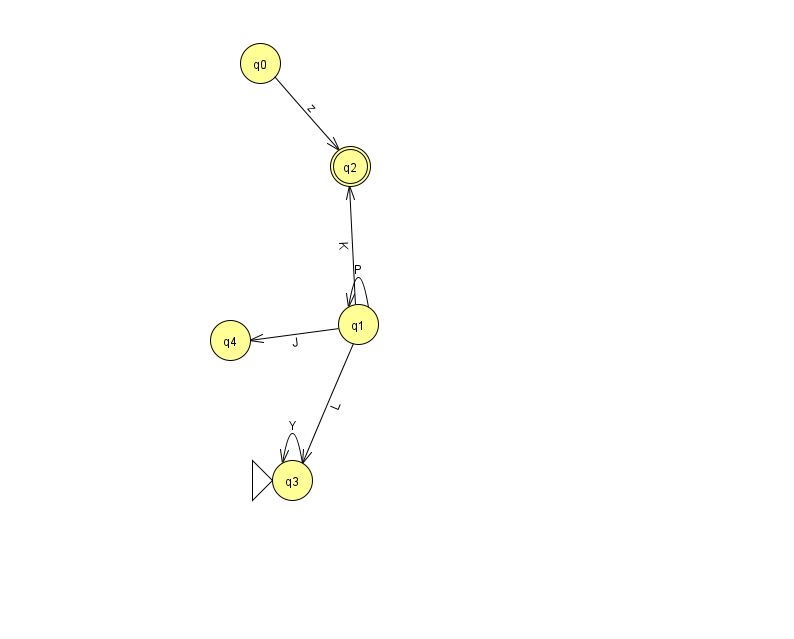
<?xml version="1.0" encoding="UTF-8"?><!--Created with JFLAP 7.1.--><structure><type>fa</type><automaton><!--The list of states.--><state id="0" name="q0"><x>260.0</x><y>50.0</y></state><state id="1" name="q1"><x>358.0</x><y>311.0</y></state><state id="2" name="q2"><x>350.0</x><y>153.0</y><final/></state><state id="3" name="q3"><x>292.0</x><y>467.0</y><initial/></state><state id="4" name="q4"><x>230.0</x><y>327.0</y></state><!--The list of transitions.--><transition><from>1</from><to>1</to><read>P</read></transition><transition><from>1</from><to>3</to><read>L</read></transition><transition><from>0</from><to>2</to><read>z</read></transition><transition><from>1</from><to>2</to><read>K</read></transition><transition><from>3</from><to>3</to><read>Y</read></transition><transition><from>1</from><to>4</to><read>J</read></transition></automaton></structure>